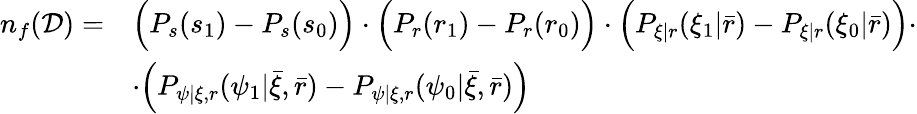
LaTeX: \begin{array}{rl}{n_{f}(\mathcal{D})=}&{\Big(P_{s}(s_{1})-P_{s}(s_{0})\Big)\cdot\Big(P_{r}(r_{1})-P_{r}(r_{0})\Big)\cdot\Big(P_{\xi|r}(\xi_{1}|\bar{r})-P_{\xi|r}(\xi_{0}|\bar{r})\Big)\cdot}\\ &{\cdot\Big(P_{\psi|\xi,r}(\psi_{1}|\bar{\xi},\bar{r})-P_{\psi|\xi,r}(\psi_{0}|\bar{\xi},\bar{r})\Big)}\end{array}